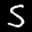
Label: 5